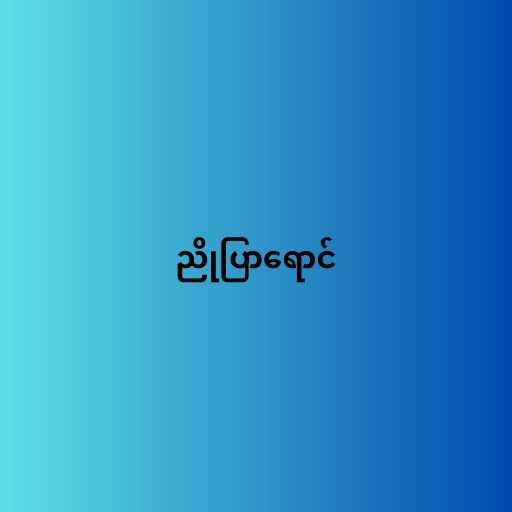
ညိုပြာရောင်